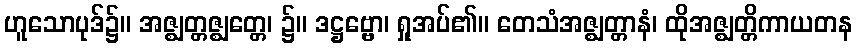
ဟူသောပုဒ်၌။ အဇ္ဈတ္တဇ္ဈတ္တေ၊ ၌။ ဒဋ္ဌဗ္ဗော၊ ရှုအပ်၏။ တေသံအဇ္ဈတ္တာနံ၊ ထိုအဇ္ဈတ္တိကာယတန